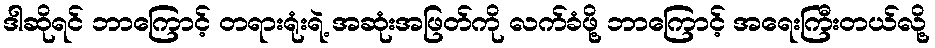
ဒါဆိုရင် ဘာကြောင့် တရားရုံးရဲ့ အဆုံးအဖြတ်ကို လက်ခံဖို့ ဘာကြောင့် အရေးကြီးတယ်လို့